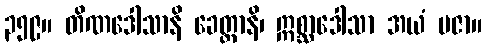
၃၅၉။ တိဏဒေါသာနိ ခေတ္တာနိ၊ ဣစ္ဆာဒေါသာ အယံ ပဇာ။